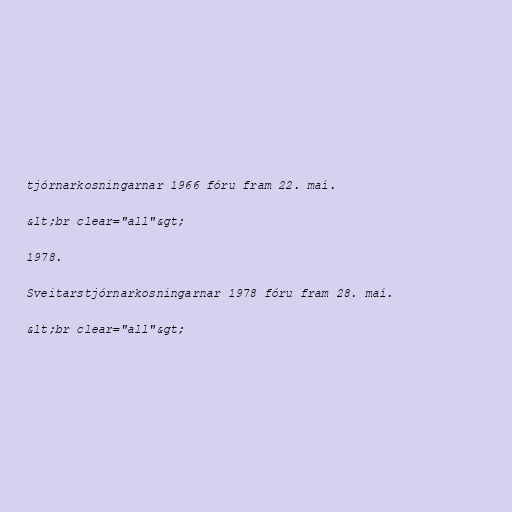
tjórnarkosningarnar 1966 fóru fram 22. maí.

&lt;br clear="all"&gt;

1978.

Sveitarstjórnarkosningarnar 1978 fóru fram 28. maí.

&lt;br clear="all"&gt;